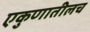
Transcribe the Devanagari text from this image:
एकुणातीलच